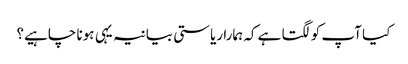
کیا آپ کو لگتا ہے کہ ہمارا ریاستی بیانیہ یہی ہونا چاہیے؟